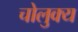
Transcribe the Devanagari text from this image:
चोलुक्य